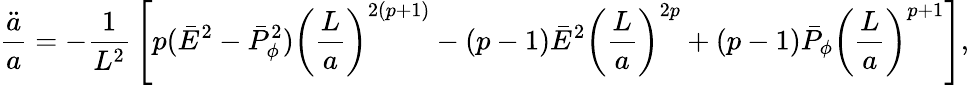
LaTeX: {\frac{\ddot{a}}{a}}=-{\frac{1}{L^{2}}}\left[p(\bar{E}^{2}-\bar{P}_{\phi}^{2})\left({\frac{L}{a}}\right)^{2(p+1)}-(p-1)\bar{E}^{2}\left({\frac{L}{a}}\right)^{2p}+(p-1)\bar{P}_{\phi}\left({\frac{L}{a}}\right)^{p+1}\right],